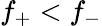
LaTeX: f_{+}<f_{-}